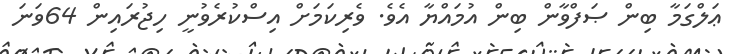
ޢަލްގަމާ ބިން ޞަފްވާން ބިން އުމައްޔާ އެވެ. ވެރިކަމަށް އިސްކުރެވުނީ ހިޖުރައިން 64ވަނަ